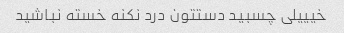
خیییلی چسبید دستتون درد نکنه خسته نباشید